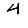
Digit: 4